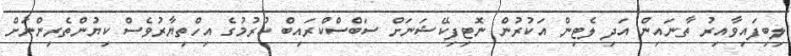
ލިބިފައިވާއިރު ތާނައިން އަދި ލެޓިން އަކުރުން ނޮޓިފިކޭޝަނަށް ސަބްސްކްރައިބް ކުރުމުގެ އިހްތިޔާރުވެސް ކިޔުންތެރިންނަށް